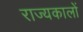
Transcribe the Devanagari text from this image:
राज्यकालों